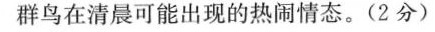
群鸟在清晨可能出现的热闹情态。(2分)